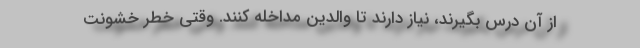
از آن درس بگیرند، نیاز دارند تا والدین مداخله کنند. وقتی خطر خشونت